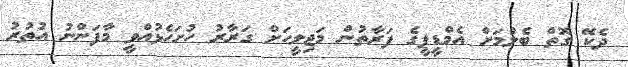
ދެކޭ ގޮތް ބެލުމަށް އެމްޑީޕީގެ ފަރާތުން މަޖިލީހަށް ގަރާރު ހުށަހެޅުއްވީ މާފަންނު އުތުރު